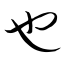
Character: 也